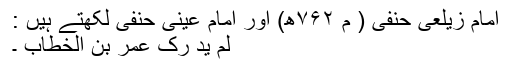
امام زیلعی حنفی ( م ۷۶۲ھ) اور امام عینی حنفی لکھتے ہیں :
لم ید رک عمر بن الخطّاب ۔